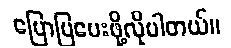
ပြောပြပေးဖို့လိုပါတယ်။